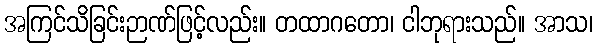
အကြင်သိခြင်းဉာဏ်ဖြင့်လည်း။ တထာဂတော၊ ငါဘုရားသည်။ အာသ၊